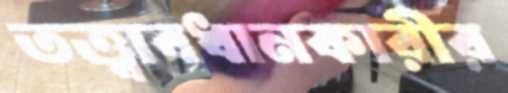
তত্ত্বাবধানকারীর